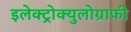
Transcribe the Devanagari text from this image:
इलेक्ट्रोक्युलोग्राफी